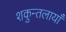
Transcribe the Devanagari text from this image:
शकुन्तलायाँ